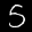
Label: 5